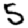
Digit: 5